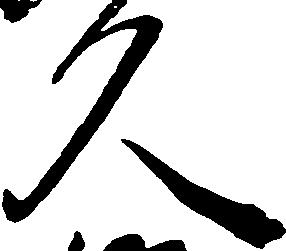
久